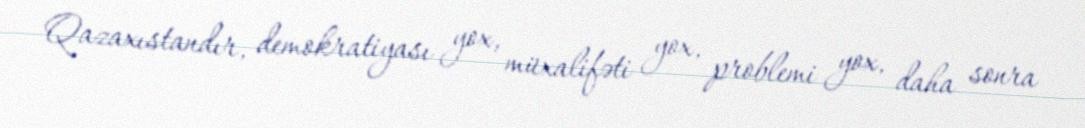
Qazaxıstandır, demokratiyası yox, müxalifəti yox, problemi yox, daha sonra